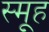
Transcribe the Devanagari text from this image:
स्मूह